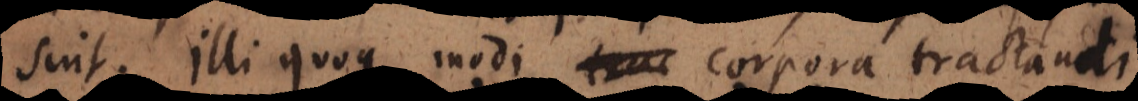
sint. Illi quoque modi corpora tractandi